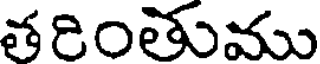
తరింతుము